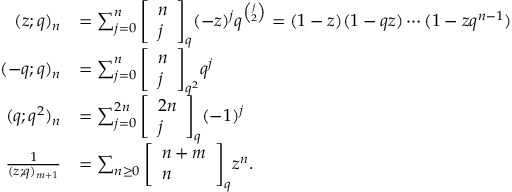
{ \begin{array} { r l } { ( z ; q ) _ { n } } & { = \sum _ { j = 0 } ^ { n } { \left[ \begin{array} { l } { n } \\ { j } \end{array} \right] } _ { q } ( - z ) ^ { j } q ^ { \binom { j } { 2 } } = ( 1 - z ) ( 1 - q z ) \cdots ( 1 - z q ^ { n - 1 } ) } \\ { ( - q ; q ) _ { n } } & { = \sum _ { j = 0 } ^ { n } { \left[ \begin{array} { l } { n } \\ { j } \end{array} \right] } _ { q ^ { 2 } } q ^ { j } } \\ { ( q ; q ^ { 2 } ) _ { n } } & { = \sum _ { j = 0 } ^ { 2 n } { \left[ \begin{array} { l } { 2 n } \\ { j } \end{array} \right] } _ { q } ( - 1 ) ^ { j } } \\ { { \frac { 1 } { ( z ; q ) _ { m + 1 } } } } & { = \sum _ { n \geq 0 } { \left[ \begin{array} { l } { n + m } \\ { n } \end{array} \right] } _ { q } z ^ { n } . } \end{array} }